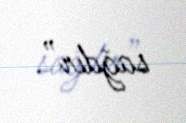
sağdır”.